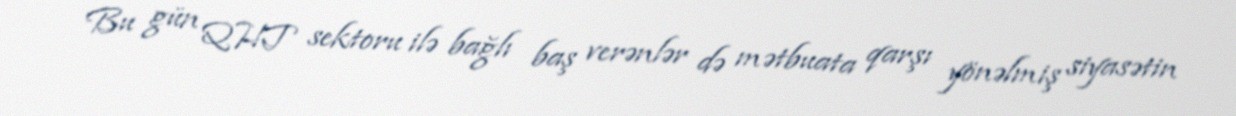
Bu gün QHT sektoru ilə bağlı baş verənlər də mətbuata qarşı yönəlmiş siyasətin